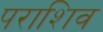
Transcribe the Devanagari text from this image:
पराशिव